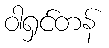
ဝါရှင်တန်